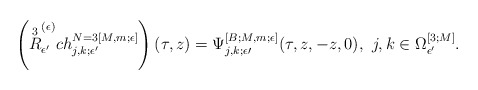
\begin{align*}\left(\overset{3}{R}^{(\epsilon)}_{\epsilon^\prime} ch^{N=3[M,m;\epsilon]}_{j,k;\epsilon^\prime}\right)(\tau,z) = \Psi^{[B;M, m;\epsilon]}_{j,k;\epsilon\prime}(\tau,z,-z,0),\,\,j,k\in \Omega^{[3;M]}_{\epsilon^\prime}.\end{align*}